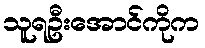
သူရဦးအောင်ကိုက